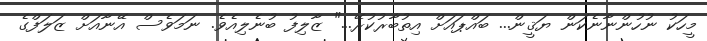
މީހަކު ނުހުންނާނެކަން ޔަޤީން... ބައްޕައަށް އިތުބާރުކުރޭ..." ޒާލިފު ބުނެލިއެވެ. ނަމަވެސް އޭނާއަށް ޒަލަފްގެ